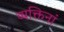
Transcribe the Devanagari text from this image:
व्यक्तिनां